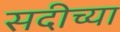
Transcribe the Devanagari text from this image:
सदीच्या